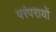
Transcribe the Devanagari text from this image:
परंपरायों